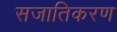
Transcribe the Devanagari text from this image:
सजातिकरण